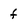
Character: f